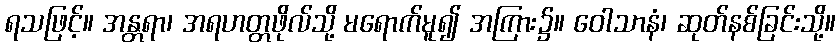
ရသဖြင့်။ အန္တရာ၊ အရဟတ္တဖိုလ်သို့ မရောက်မူ၍ အကြား၌။ ဝေါသာနံ၊ ဆုတ်နစ်ခြင်းသို့။